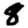
Digit: 8